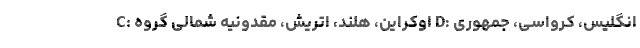
C: اوکراین، هلند، اتریش، مقدونیه شمالی گروه D: انگلیس، کرواسی، جمهوری